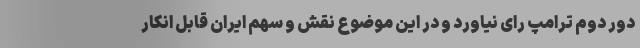
دور دوم ترامپ رای نیاورد و در این موضوع نقش و سهم ایران قابل انکار